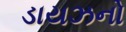
ડાયઝનો